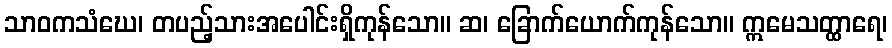
သာဝကသံဃေ၊ တပည့်သားအပေါင်းရှိကုန်သော။ ဆ၊ ခြောက်ယောက်ကုန်သော။ ဣမေသတ္ထာရေ၊